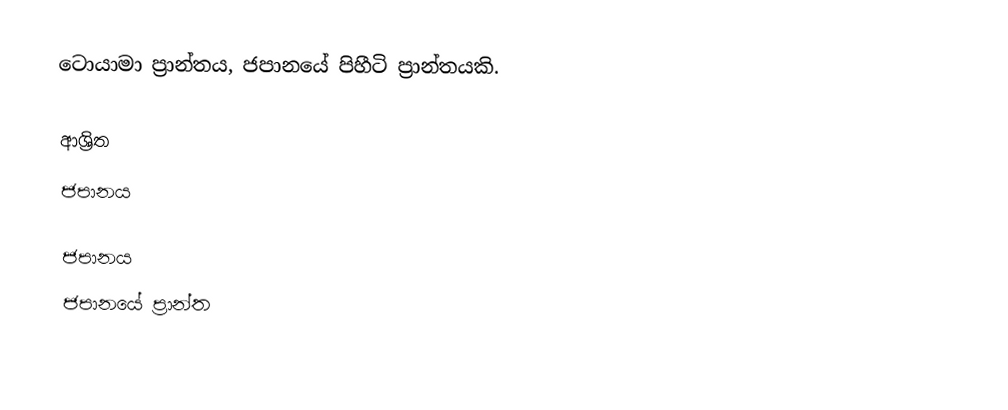
ටොයාමා ප්‍රාන්තය, ජපානයේ පිහීටි ප්‍රාන්තයකි.

ආශ්‍රිත
 ජපානය

ජපානය
ජපානයේ ප්‍රාන්ත